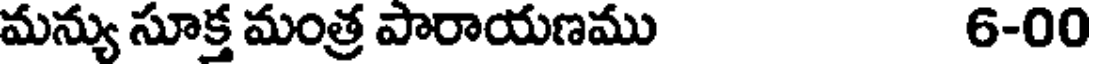
మన్యు సూక్త మంత్ర పారాయణము 6-00